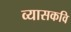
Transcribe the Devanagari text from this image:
व्यासकवि